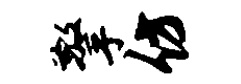
擎仿